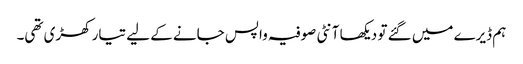
ہم ڈیرے میں گئے تو دیکھا آنٹی صوفیہ واپس جانے کے لیے تیار کھڑی تھی۔